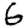
Digit: 6